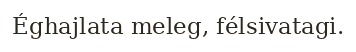
Éghajlata meleg, félsivatagi.